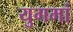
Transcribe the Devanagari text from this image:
युगमां